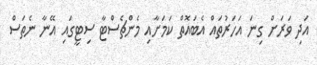
އަދި ވަރަށް ގިނަ އަހަރުތައް އެބައޮތް ކަމަށާއި މެންޗެސްޓާ ސިޓީގައި އޭނާ ނެތަސް